Elephants and their diseases
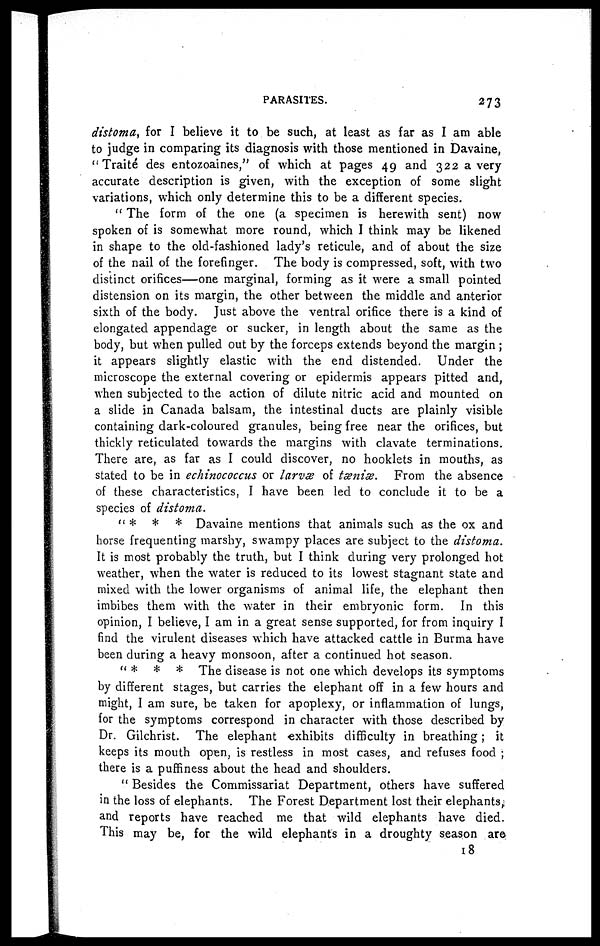
PARASITES.
273
distoma, for I believe it to be such, at least as far as I am able
to judge in comparing its diagnosis with those mentioned in Davaine,
" Traite des entozoaines," of which at pages 49 and 322 a very
accurate description is given, with the exception of some slight
variations, which only determine this to be a different species.
" The form of the one (a specimen is herewith sent) now
spoken of is somewhat more round, which I think may be likened
in shape to the old-fashioned lady's reticule, and of about the size
of the nail of the forefinger. The body is compressed, soft, with two
distinct orifices—one marginal, forming as it were a small pointed
distension on its margin, the other between the middle and anterior
sixth of the body. Just above the ventral orifice there is a kind of
elongated appendage or sucker, in length about the same as the
body, but when pulled out by the forceps extends beyond the margin ;
it appears slightly elastic with the end distended. Under the
microscope the external covering or epidermis appears pitted and,
when subjected to the action of dilute nitric acid and mounted on
a slide in Canada balsam, the intestinal ducts are plainly visible
containing dark-coloured granules, being free near the orifices, but
thickly reticulated towards the margins with clavate terminations.
There are, as far as I could discover, no hooklets in mouths, as
stated to be in echinococcus or larva? of taeniae. From the absence
of these characteristics, I have been led to conclude it to be a
species of distoma.
" * * * Davaine mentions that animals such as the ox and
horse frequenting marshy, swampy places are subject to the distoma.
It is most probably the truth, but I think during very prolonged hot
weather, when the water is reduced to its lowest stagnant state and
mixed with the lower organisms of animal life, the elephant then
imbibes them with the water in their embryonic form. In this
opinion, I believe, I am in a great sense supported, for from inquiry I
find the virulent diseases which have attacked cattle in Burma have
been during a heavy monsoon, after a continued hot season.
"* * * The disease is not one which develops its symptoms
by different stages, but carries the elephant off in a few hours and
might, I am sure, be taken for apoplexy, or inflammation of lungs,
for the symptoms correspond in character with those described by
Dr. Gilchrist. The elephant exhibits difficulty in breathing ; it
keeps its mouth open, is restless in most cases, and refuses food ;
there is a puffiness about the head and shoulders.
" Besides the Commissariat Department, others have suffered
in the loss of elephants. The Forest Department lost their elephants
and reports have reached me that wild elephants have died.
This may be, for the wild elephants in a droughty season are
18